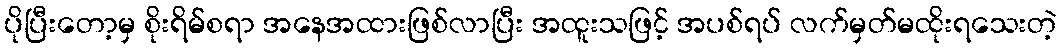
ပိုပြီးတော့မှ စိုးရိမ်စရာ အနေအထားဖြစ်လာပြီး အထူးသဖြင့် အပစ်ရပ် လက်မှတ်မထိုးရသေးတဲ့